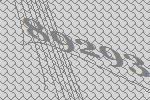
89293